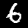
Digit: 6